Indian journal of veterinary science and animal husbandry - Volume 2,
Year: 1932
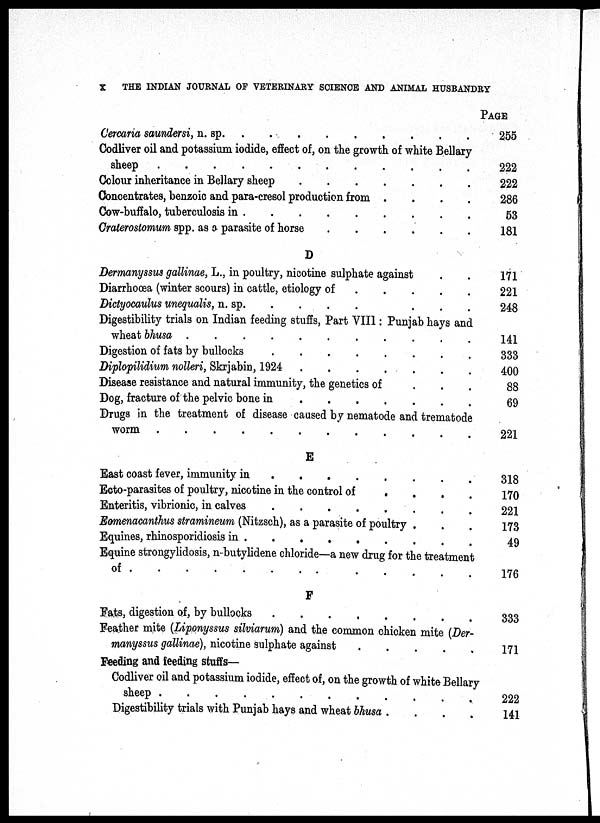
X
THE INDIAN JOURNAL OF VETERINARY SCIENCE AND ANIMAL HUSBANDRY
Cercaria saundersi, n. sp. . . . . . . . .
Codliver oil and potassium iodide, effect of, on the growth, of white Bellary
sheep . . . . . . . . .
Colour inheritance in Bellary sheep
.
.
.
.
.
.
.
.
Concentrates, benzoic and para-cresol production from . . . . . . . .
Cow-buffalo, tuberculosis in
.
.
.
.
.
.
.
.
Craterostomum spp. as a parasite of horse . . . . . . . .
D
Dermanyssus gallinae, L., in poultry, nicotine sulphate against
Diarrhoœa (winter scours) in cattle, etiology of . . . . . . . .
Dictyocaulus unequalis, n. sp . . . . . . . .
Digestibility trials on Indian feeding stuffs, Part VIII: Punjab hays and
wheat bhusa
.
.
.
.
.
.
.
.
Digestion of fats by bullocks
.
.
.
.
.
.
.
.
Diplopilidium nolleri, Skrjabin, 1924
.
.
.
.
.
.
.
.
Disease resistance and natural immunity, the genetics of
Dog, fracture of the pelvic bone in
.
.
.
.
.
.
.
.
Drugs in the treatment of disease caused by nematode and trematode
worm . . . . . . . .
E
East coast fever, immunity in
Ecto-parasites of poultry, nicotine in the control of
.
Enteritis, vibrionic, in calves
Eomenacanthus stramineum (Nitzsch), as a parasite of poultry
Equines, rhinosporidiosis in
Equine strongylidosis, n-butylidene chloride—a new drug for the treatment
of
.
.
.
.
.
.
.
.
F
Fats, digestion of, by bullocks
.
.
.
.
.
.
.
.
Feather mite (Liponyssus silviarum) and the common chicken mite (Der-
manyssus gallinae), nicotine sulphate against . . . . . . . .
Feeding and feeding stuffs—
Codliver oil and potassium iodide, effect of, on the growth of white Bellary
sheep
.
.
.
.
.
.
.
.
Digestibility trials with Punjab hays and wheat bhusa . . . . . . . .
PAGE.
255
222
222
286
53
181
171
221
248
141
333
400
88
69
221
318
170
221
173
49
176
333
171
222
141